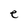
Character: e